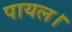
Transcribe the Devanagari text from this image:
पायल।